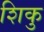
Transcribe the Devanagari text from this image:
शिकु